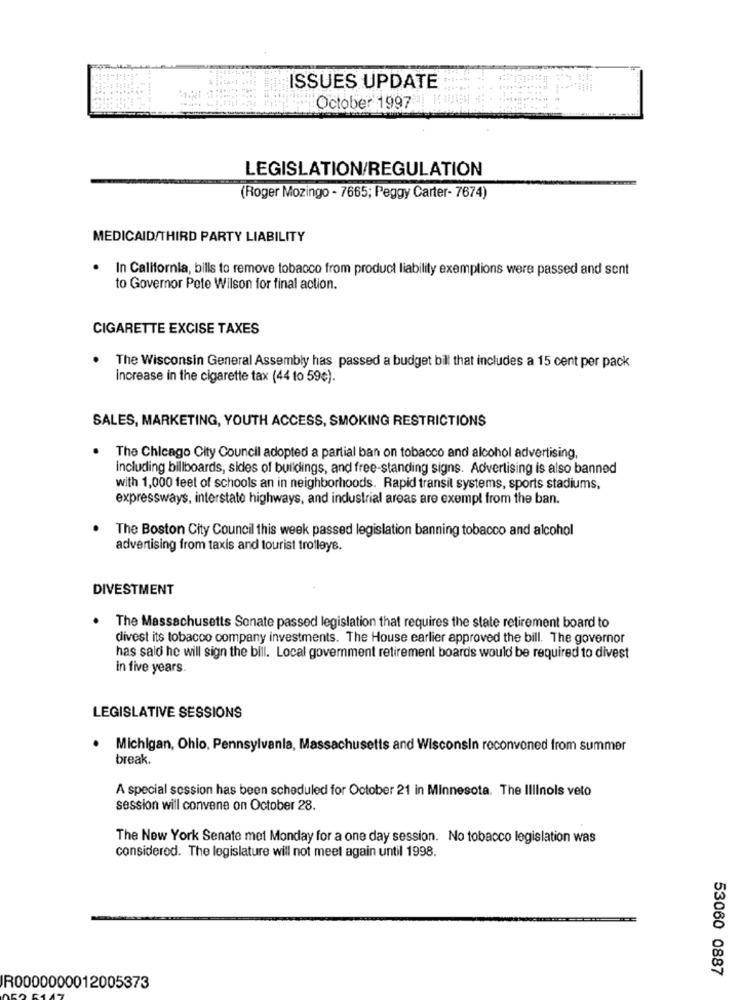
ISSUES UPDATE
October 1997
LEGISLATION/REGULATION
(Roger Mozingo - 7665; Peggy Carter- 7674)
MEDICAID/THIRD PARTY LIABILITY
In California, bills to remove tobacco from product liability exemptions were passed and sent
to Governor Pete Wilson for final action.
CIGARETTE EXCISE TAXES
The Wisconsin General Assembly has passed a budget bill that includes a 15 cent per pack
increase in the cigarette tax (44 to 59¢).
SALES, MARKETING, YOUTH ACCESS, SMOKING RESTRICTIONS
The Chicago City Council adopted a partial ban on tobacco and alcohol advertising,
including billboards, sides of buildings, and free-standing signs. Advertising is also banned
with 1,000 feet of schools an in neighborhoods. Rapid transit systems, sports stadiums,
expressways, interstate highways, and industrial areas are exempt from the ban.
The Boston City Council this week passed legislation banning tobacco and alcohol
advertising from taxis and tourist trolleys.
DIVESTMENT
The Massachusetts Sonate passed legislation that requires the state retirement board to
divest its tobacco company investments. The House earlier approved the bill. The governor
has salo he will sign the bill. Local government retirement boards would be required to divest
in five years.
LEGISLATIVE SESSIONS
Michigan, Ohio, Pennsy
Is and Wisconsin roconvened from summer
break.
A special session has been scheduled for October 21 in Minnesota. The Illinois veto
session will convene on October 28.
The New York Senate met Monday for a one day session. No tobacco legislation was
considered. The legislature will not meet again until 1998.
53060 0887
IR0000000012005373